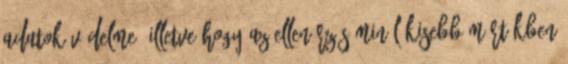
adatok védelme, illetve hogy az ellenőrzés minél kisebb mértékben